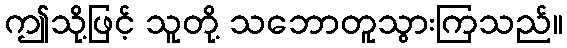
ဤသို့ဖြင့် သူတို့ သဘောတူသွားကြသည်။